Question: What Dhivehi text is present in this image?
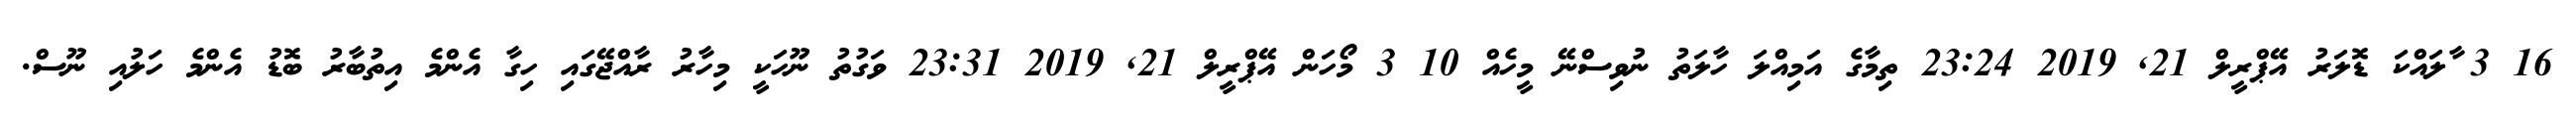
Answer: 16 3 ާލައްކަ ޑޮލަރު އޭޕްރީލް 21, 2019 23:24 ތިމާގެ އަމިއްލަ ހާލަތު ނުވިސްނޭ މީހެއް 10 3 މޯހަން އޭޕްރީލް 21, 2019 23:31 ވަގުތު ނޫހަކީ މިހާރު ރާއްޖޭގައި ހިގާ އެންމެ އިތުބާރު ބޮޑު އެންމެ ހަލުއި ނޫސް.